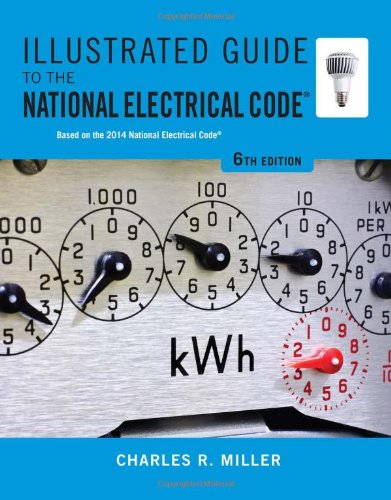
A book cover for Illustrated Guide to the National Electrical Code (Illustrated Guide to the National Electrical Code (Nec)); Charles R. Miller; Engineering & Transportation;